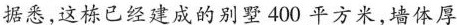
据悉,这栋已经建成的别墅400平方米,墙体厚